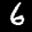
Label: 6